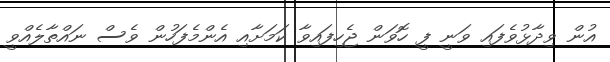
އުން ވިދާޅުވެފައި ވަނީ ފީ ހޮވަން ޖެހިފައިވާ ކަމަށާއި އެންމެފަހުން ވެސް ނައްތާލެއްވީ